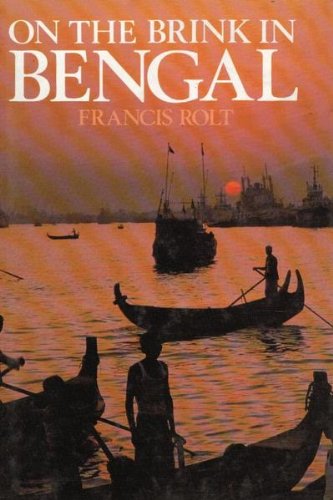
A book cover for On the Brink in Bengal; Francis Rolt; Travel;